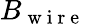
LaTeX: B_{\mathrm{~w~i~r~e~}}